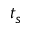
t _ { s }